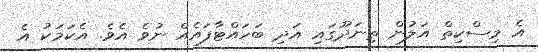
އެ މިސްކިތް އަލުން ތިނަދޫގައި އަދި ބަހައްޓާފައެއް ނުވެ އެވެ. އެކަމަކު އެ